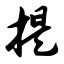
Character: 提